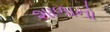
શાળાનો